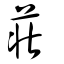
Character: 莊